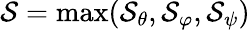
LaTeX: \mathcal{S}=\operatorname*{max}(\mathcal{S}_{\theta},\mathcal{S}_{\varphi},\mathcal{S}_{\psi})